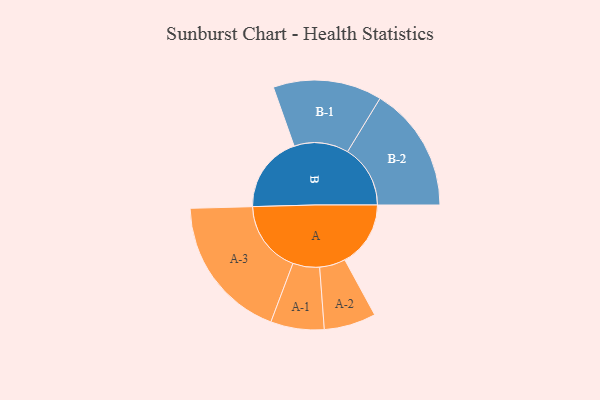
{"axis": {"x": "Segment", "y": "Value"}, "legend": ["", "A", "B"], "data": [{"x": "A", "y": 261, "type": ""}, {"x": "B", "y": 306, "type": ""}, {"x": "A-1", "y": 106, "type": "A"}, {"x": "A-2", "y": 103, "type": "A"}, {"x": "A-3", "y": 288, "type": "A"}, {"x": "B-1", "y": 216, "type": "B"}, {"x": "B-2", "y": 249, "type": "B"}]}